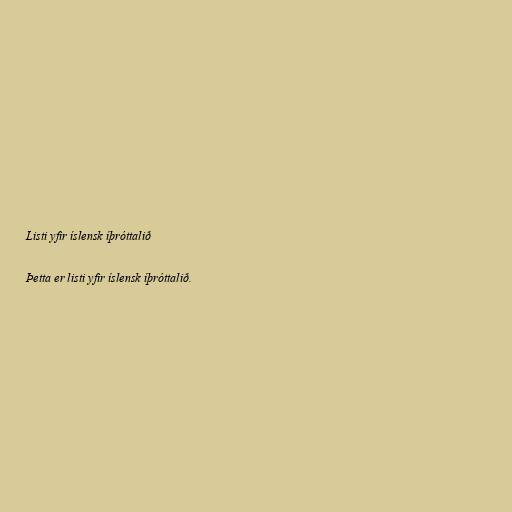
Listi yfir íslensk íþróttalið

Þetta er listi yfir íslensk íþróttalið.